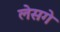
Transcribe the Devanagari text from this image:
लेसगे